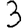
Digit: 3